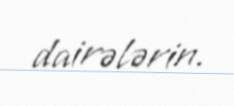
dairələrin.